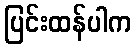
ပြင်းထန်ပါက